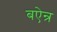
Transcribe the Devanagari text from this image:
बऐन्र